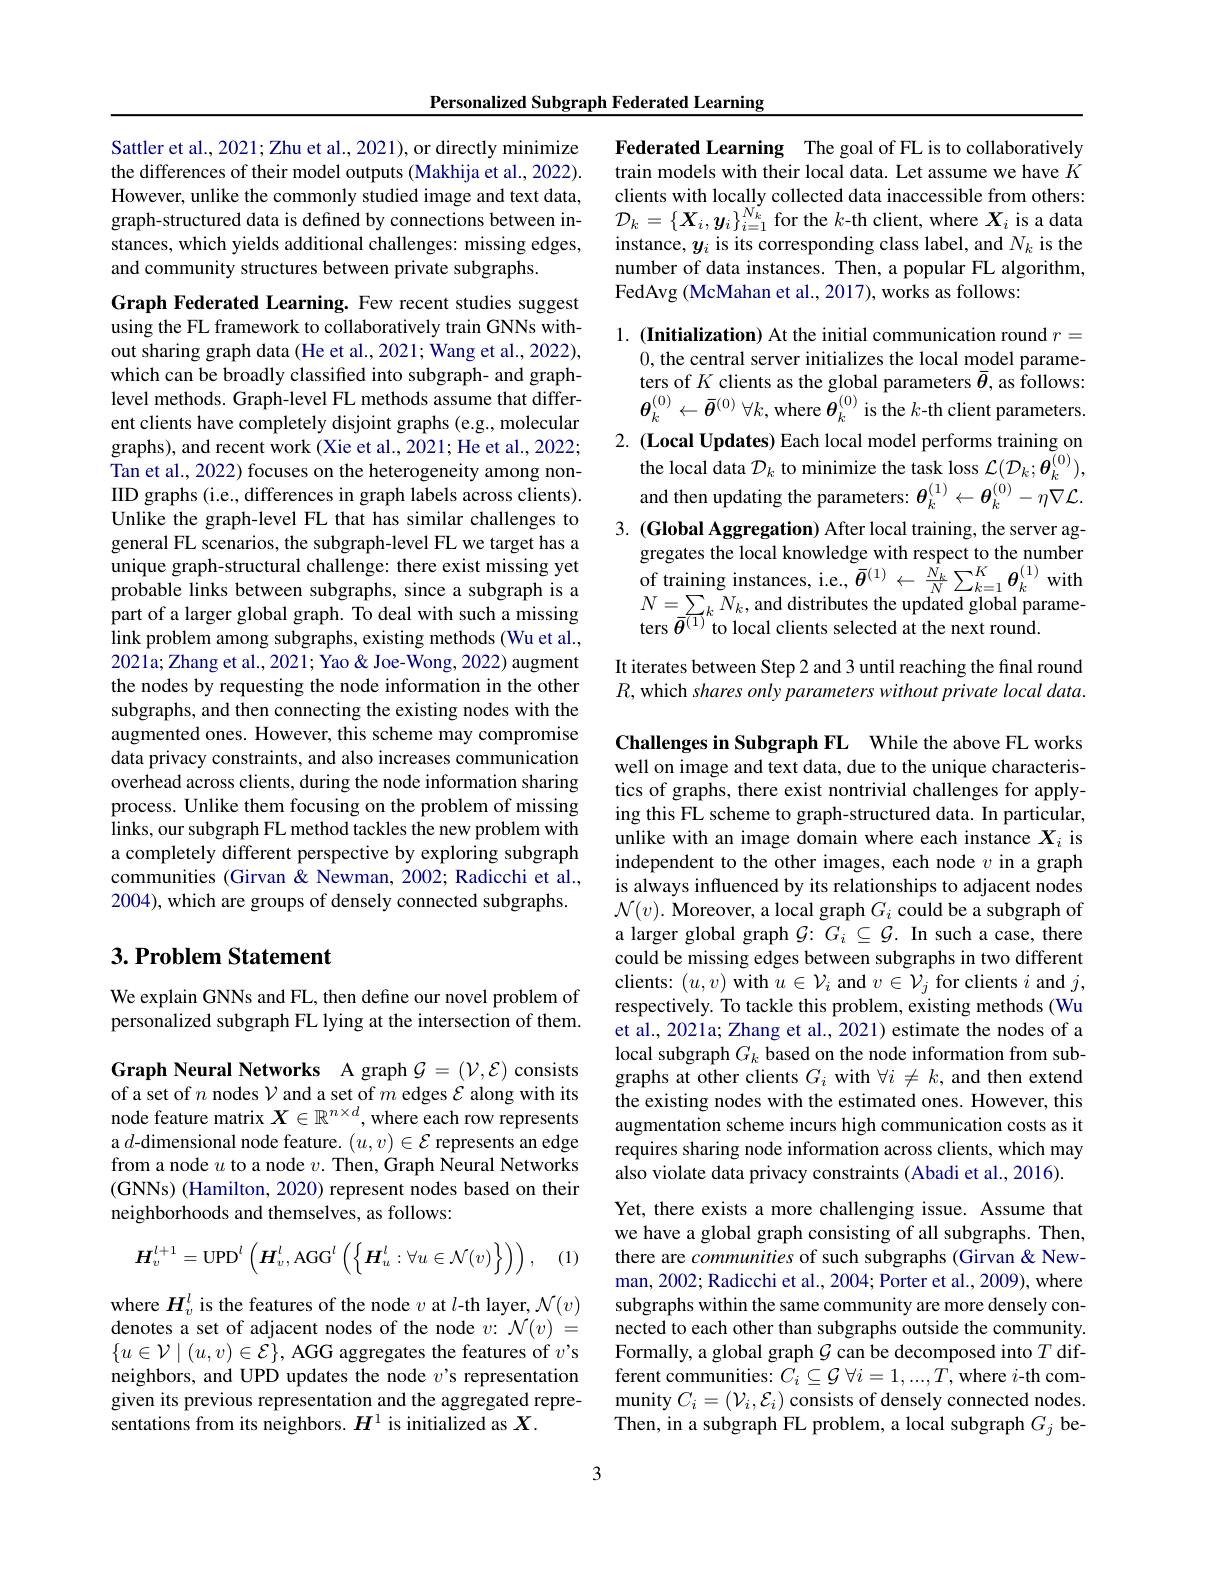
Personalized Subgraph Federated Learning

Sattler et al., 2021; Zhu et al., 2021), or directly minimize the differences of their model outputs (Makhija et al., 2022). However, unlike the commonly studied image and text data, graph-structured data is defined by connections between instances, which yields additional challenges: missing edges, and community structures between private subgraphs.

Graph Federated Learning. Few recent studies suggest using the FL framework to collaboratively train GNNs without sharing graph data (He et al., 2021; Wang et al., 2022), which can be broadly classified into subgraph- and graphlevel methods. Graph-level FL methods assume that different clients have completely disjoint graphs (e.g., molecular graphs), and recent work (Xie et al.,2021; He et al., 2022; Tan et al., 2022) focuses on the heterogeneity among nonIID graphs (i.e, differences in graph labels across clients). Unlike the graph-level FL that has similar challenges to general FL scenarios, the subgraph-level FL we target has a unique graph-structural challenge: there exist missing yet probable links between subgraphs, since a subgraph is a part of a larger global graph. To deal with such a missing link problem among subgraphs, existing methods (Wu et al., $20\hat{21}$a; Zhang et al., 2021; Yao & Joe- Wong, 2022) augment the nodes by requesting the node information in the other subgraphs, and then connecting the existing nodes with the augmented ones. However, this scheme may compromise data privacy constraints, and also increases communication $\hat{\text{overhead across clients, during the node information sharing}}$ process. Unlike them focusing on the problem of missing links, our subgraph FL method tackles the new problem with a completely different perspective by exploring subgraph communities (Girvan & Newman, 2002; Radicchi et al., 2004), which are groups of densely connected subgraphs.

## $3. \textbf{ Problem Statement}$

We explain GNNs and FL, then define our novel problem of personalized subgraph FL lying at the intersection of them.

Graph Neural Networks A graph $\mathcal{G}=(\mathcal{V},\mathcal{E})$ consists of a set of $n$ nodes $\mathcal{V}$ and a set of $m$ edges $\mathcal{E}$ along with its node feature matrix $X\in\mathbb{R}^{n\times d}$, where each row represents a $d$-dimensional node feature. $(u,v)\in\mathcal{E}$ represents an edge from a node $u$ to a node $v.$ Then, Graph Neural Networks (GNNs) ( Hamilton, 2020) represent nodes based on their neighborhoods and themselves, as follows:

(1)
$$\boldsymbol{H}_{v}^{l+1}=\mathrm{UPD}^{l}\left(\boldsymbol{H}_{v}^{l},\mathrm{AGG}^{l}\left(\left\{\boldsymbol{H}_{u}^{l}:\forall u\in\mathcal{N}(v)\right\}\right)\right),$$
where $H_v^l$ is the features of the node $v$ at $l$-th layer, $\mathcal{N}(v)$ denotes a set of adjacent nodes of the node $v{:}\mathcal{N}(v)=$ $\{u\in\mathcal{V}\mid(u,v)\in\mathcal{E}\}$, AGG aggregates the features of $v^{\prime}$s neighbors, and UPD updates the node $v$'s representation given its previous representation and the aggregated representations from its neighbors. $H^1$ is initialized as $X.$

Federated Learning The goal of FL is to collaboratively train models with their local data. Let assume we have $K$ clients with locally collected data inaccessible from others: $\mathcal{D}_k=\{\boldsymbol{X}_i,\boldsymbol{y}_i\}_{i=1}^{N_k}$ for the $k$-th client, where $\boldsymbol X_i$ is a data instance, $y_i$ is its corresponding class label, and $N_k$ is the number of data instances. Then, a popular FL algorithm, FedAvg (McMahan et al., 2017), works as follows:

1. (Initialization) At the initial communication round $r=$
0, the central server initializes the local model parameters of $K$ clients as the global parameters $\bar{\theta}$, as follows: $\boldsymbol{\theta}_{k}^{(0)}\leftarrow\bar{\boldsymbol{\theta}}^{(0)}\forall k$,where $\tilde{\boldsymbol{\theta}}_{k}^{(0)}$ is the $k$-th client parameters.
2. (Local Updates) Each local model performs training on
the local data $\mathcal{D}_k$ to minimize the task loss $\mathcal{L}(\mathcal{D}_k;\boldsymbol{\theta}_k^{(0)})$, and then updating the parameters: $\boldsymbol\theta_k^{(1)}\leftarrow\boldsymbol{\theta}_k^{(0)}-\eta\nabla\mathcal{L}.$
3. (Global Aggregation) After local training, the server ag-
gregates the local knowledge with respect to the number of training instances, i.e., $\bar{\theta}^{(1)}\leftarrow\frac{\hat{N_{k}}}{N}\sum_{k=1}^{K}\boldsymbol{\theta}_{k}^{(1)}$ with $N=\sum_{-\zeta1}N_{k}$, and distributes the updated global parameters $\bar{\theta}^{(1)}$to local clients selected at the next round.

It iterates between Step 2 and 3 until reaching the final round $R$, which shares only parameters without private local data.

Challenges in Subgraph FL While the above FL works well on image and text data, due to the unique characteristics of graphs, there exist nontrivial challenges for applying this FL scheme to graph-structured data. In particular, unlike with an image domain where each instance $X_i$ is independent to the other images, each node $v$ in a graph is always influenced by its relationships to adjacent nodes $\mathcal{N}(v).$ Moreover, a local graph $G_i$ could be a subgraph of a larger global graph $\mathcal{G}:G_i\subseteq\mathcal{G}.$ In such a case, there could be missing edges between subgraphs in two different clients: $(u,v)$ with $u\in\mathcal{V}_i$ and $v\in\mathcal{V}_j$ for clients $i$ and $j$, respectively. To tackle this problem, existing methods (Wu et al., 2021a; Zhang et al., 2021) estimate the nodes of a local subgraph $G_k$ based on the node information from subgraphs at other clients $G_i$ with $\forall i\neq k$, and then extend the existing nodes with the estimated ones. However, this augmentation scheme incurs high communication costs as it requires sharing node information across clients, which may also violate data privacy constraints (Abadi et al., 2016).
Yet, there exists a more challenging issue. Assume that we have a global graph consisting of all subgraphs. Then, there are communities of such subgraphs (Girvan &Newman, 2002; Radicchi et al., 2004; Porter et al., 2009), where subgraphs within the same community are more densely connected to each other than subgraphs outside the community Formally, a global graph $\mathcal{G}$ can be decomposed into $T$ different communities: $C_i\subseteq\mathcal{G}\forall i=1,...,T$, where $i$-th community $C_{i}= ( \mathcal{V} _{i}, \mathcal{E} _{i})$ consists of densely connected nodes. Then, in a subgraph FL problem, a local subgraph $G_j$ be

3